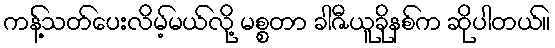
ကန့်သတ်ပေးလိမ့်မယ်လို့ မစ္စတာ ခါဇီယူခိုနစ်က ဆိုပါတယ်။